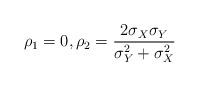
LaTeX: \begin{align*}\rho_1=0, \rho_2=\frac{2 \sigma_X \sigma_Y}{\sigma_Y^2+ \sigma_X^2} \end{align*}